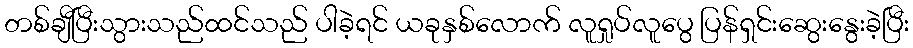
တစ်ချီပြီးသွားသည်ထင်သည် ပါခဲ့ရင် ယခုနှစ်လောက် လူရှုပ်လူပွေ ပြန်ရှင်းဆွေးနွေးခဲ့ပြီး